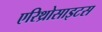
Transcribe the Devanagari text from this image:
एरिथ्रोसाइटस